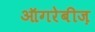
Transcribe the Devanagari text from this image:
ऑगरेबीज़